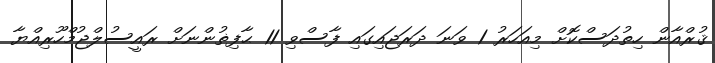
ޤުރްއާން ހިތުދަސްކޮށް މިއަހަރު 1 ވަނަ ދަރަޖައިގައި ފާސްވި 11 ޙާފިޡުންނަށް ރައީސުލްޖުމްހޫރިއްޔާ